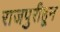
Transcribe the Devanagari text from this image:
राजपुरीहून